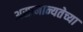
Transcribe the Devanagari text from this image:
असामान्यतेच्या